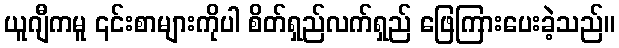
ယူဂျီကမူ ၎င်းစာများကိုပါ စိတ်ရှည်လက်ရှည် ဖြေကြားပေးခဲ့သည်။